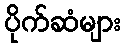
ပိုက်ဆံများ